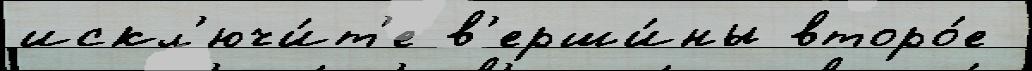
искл'ючи́т'е в'ерши́ны второ́е